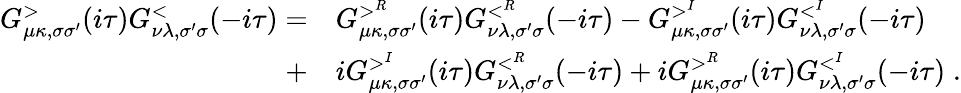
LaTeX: \begin{array}{rl}{G_{\mu\kappa,\sigma\sigma^{\prime}}^{>}(i\tau)G_{\nu\lambda,\sigma^{\prime}\sigma}^{<}(-i\tau)=}&{{}G_{\mu\kappa,\sigma\sigma^{\prime}}^{>^{R}}(i\tau)G_{\nu\lambda,\sigma^{\prime}\sigma}^{<^{R}}(-i\tau)-G_{\mu\kappa,\sigma\sigma^{\prime}}^{>^{I}}(i\tau)G_{\nu\lambda,\sigma^{\prime}\sigma}^{<^{I}}(-i\tau)}\\ {+}&{{}iG_{\mu\kappa,\sigma\sigma^{\prime}}^{>^{I}}(i\tau)G_{\nu\lambda,\sigma^{\prime}\sigma}^{<^{R}}(-i\tau)+iG_{\mu\kappa,\sigma\sigma^{\prime}}^{>^{R}}(i\tau)G_{\nu\lambda,\sigma^{\prime}\sigma}^{<^{I}}(-i\tau)\; .}\end{array}